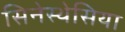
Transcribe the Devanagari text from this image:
सिनेस्थेसिया